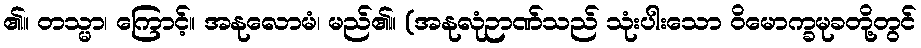
၏။ တသ္မာ၊ ကြောင့်။ အနုလောမံ၊ မည်၏။ (အနုလုံဉာဏ်သည် သုံးပါးသော ဝိမောက္ခမုခတို့တွင်